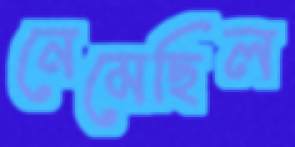
নেমেছিল